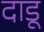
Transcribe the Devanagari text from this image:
दाडू